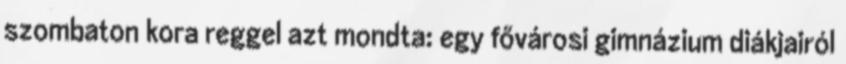
szombaton kora reggel azt mondta: egy fővárosi gimnázium diákjairól